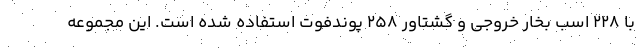
با 228 اسب بخار خروجی و گشتاور 258 پوندفوت استفاده شده است. این مجموعه